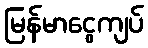
မြန်မာငွေကျပ်